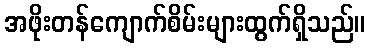
အဖိုးတန်ကျောက်စိမ်းများထွက်ရှိသည်။